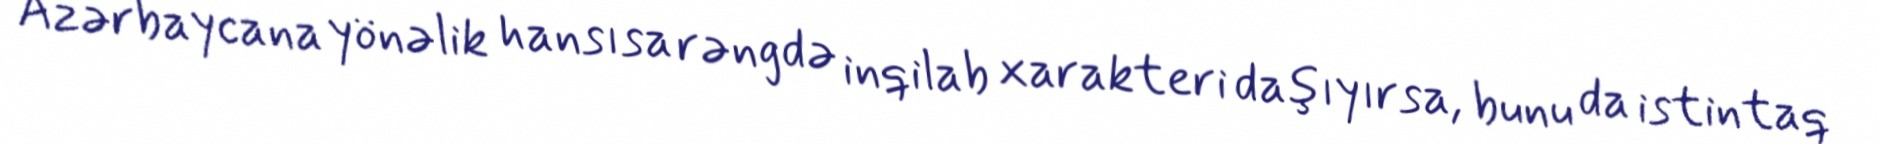
Azərbaycana yönəlik hansısa rəngdə inqilab xarakteri daşıyırsa, bunu da istintaq